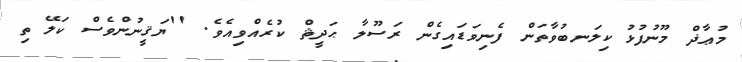
މުޢާޛް މޫނުފުޅު ކިލަނބުވާތަން ފެނިވަޑައިގެން ރަސޫލާ ޙަދީޘް ކުރެއްވިއެވެ. ''ޔަޤީނުންވެސް ކަލޭ ތި